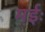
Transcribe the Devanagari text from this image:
मईः